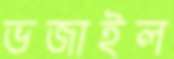
ভজাইল